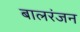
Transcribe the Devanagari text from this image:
बालरंजन